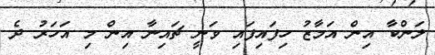
ލަންކާ އިން އަމާޒު ހިފައިފައި ވަނީ ޗަަައިނާ އިން މި އަހަރު ދެ